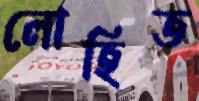
লোহিত